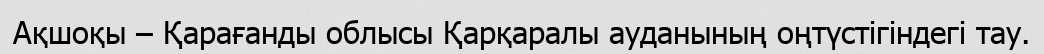
Ақшоқы – Қарағанды облысы Қарқаралы ауданының оңтүстігіндегі тау.